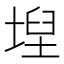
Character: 𡍤